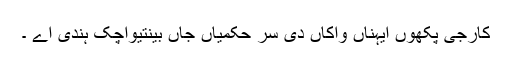
کارجی پکھوں ایہناں واکاں دی سر حکمیاں جاں بینتیواچک ہندی اے ۔